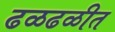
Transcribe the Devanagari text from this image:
ढळढळीत